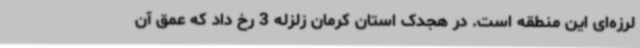
لرزه‌ای این منطقه است. در هجدک استان کرمان زلزله 3 رخ داد که عمق آن